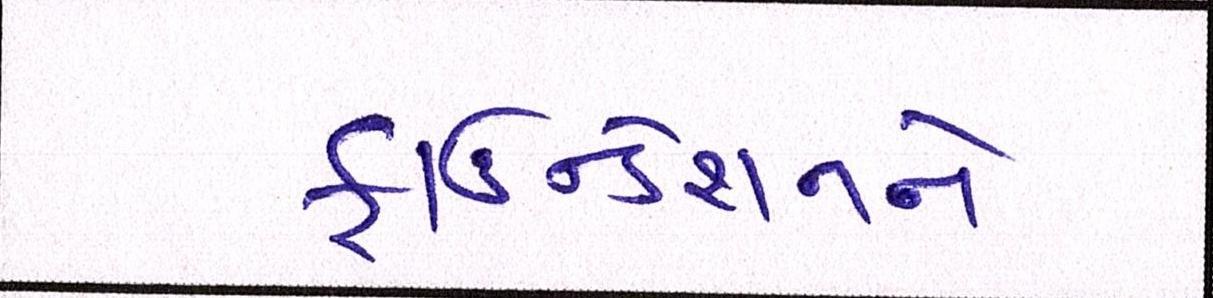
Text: ફાઉન્ડેશનને